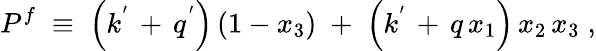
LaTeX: P^{f}\; \equiv\; \left({k^{'}\, +\, q^{'}}\right)\, (1-x_{3})\; +\; \left({k^{'}\, +\, q}\, x_{1}\right)\, x_{2}\, x_{3}\; ,